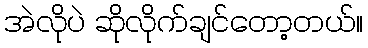
အဲလိုပဲ ဆိုလိုက်ချင်တော့တယ်။